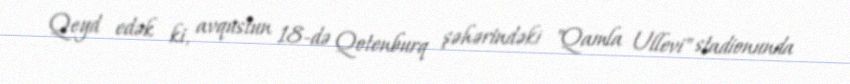
Qeyd edək ki, avqustun 18-də Qotenburq şəhərindəki "Qamla Ullevi" stadionunda